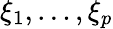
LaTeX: \xi_{1},\dotsc,\xi_{p}